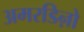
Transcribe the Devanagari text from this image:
अमरडिऩो